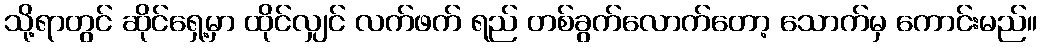
သို့ရာတွင် ဆိုင်ရှေ့မှာ ထိုင်လျှင် လက်ဖက် ရည် တစ်ခွက်လောက်တော့ သောက်မှ ကောင်းမည်။